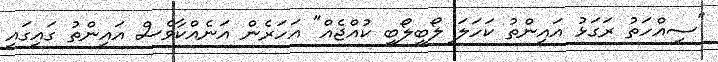
"ސިއްހަތު ރަގަޅު އައިންތު ކަހަލަ ލޯބިލޯބި ކުއްޖެއް" އަހަރެން އަނެއްކާވެސް އައިންތު ގައިގައި